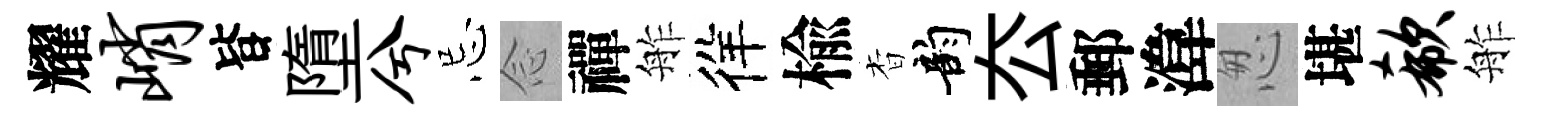
耀峭𣅜墮兮忌𫝹禪舴徉楡杳韵厺郵湋怱堪欷舴